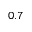
0 . 7